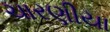
ચારણીયા